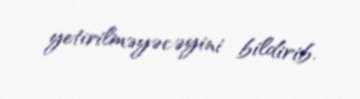
yetirilməyəcəyini bildirib.